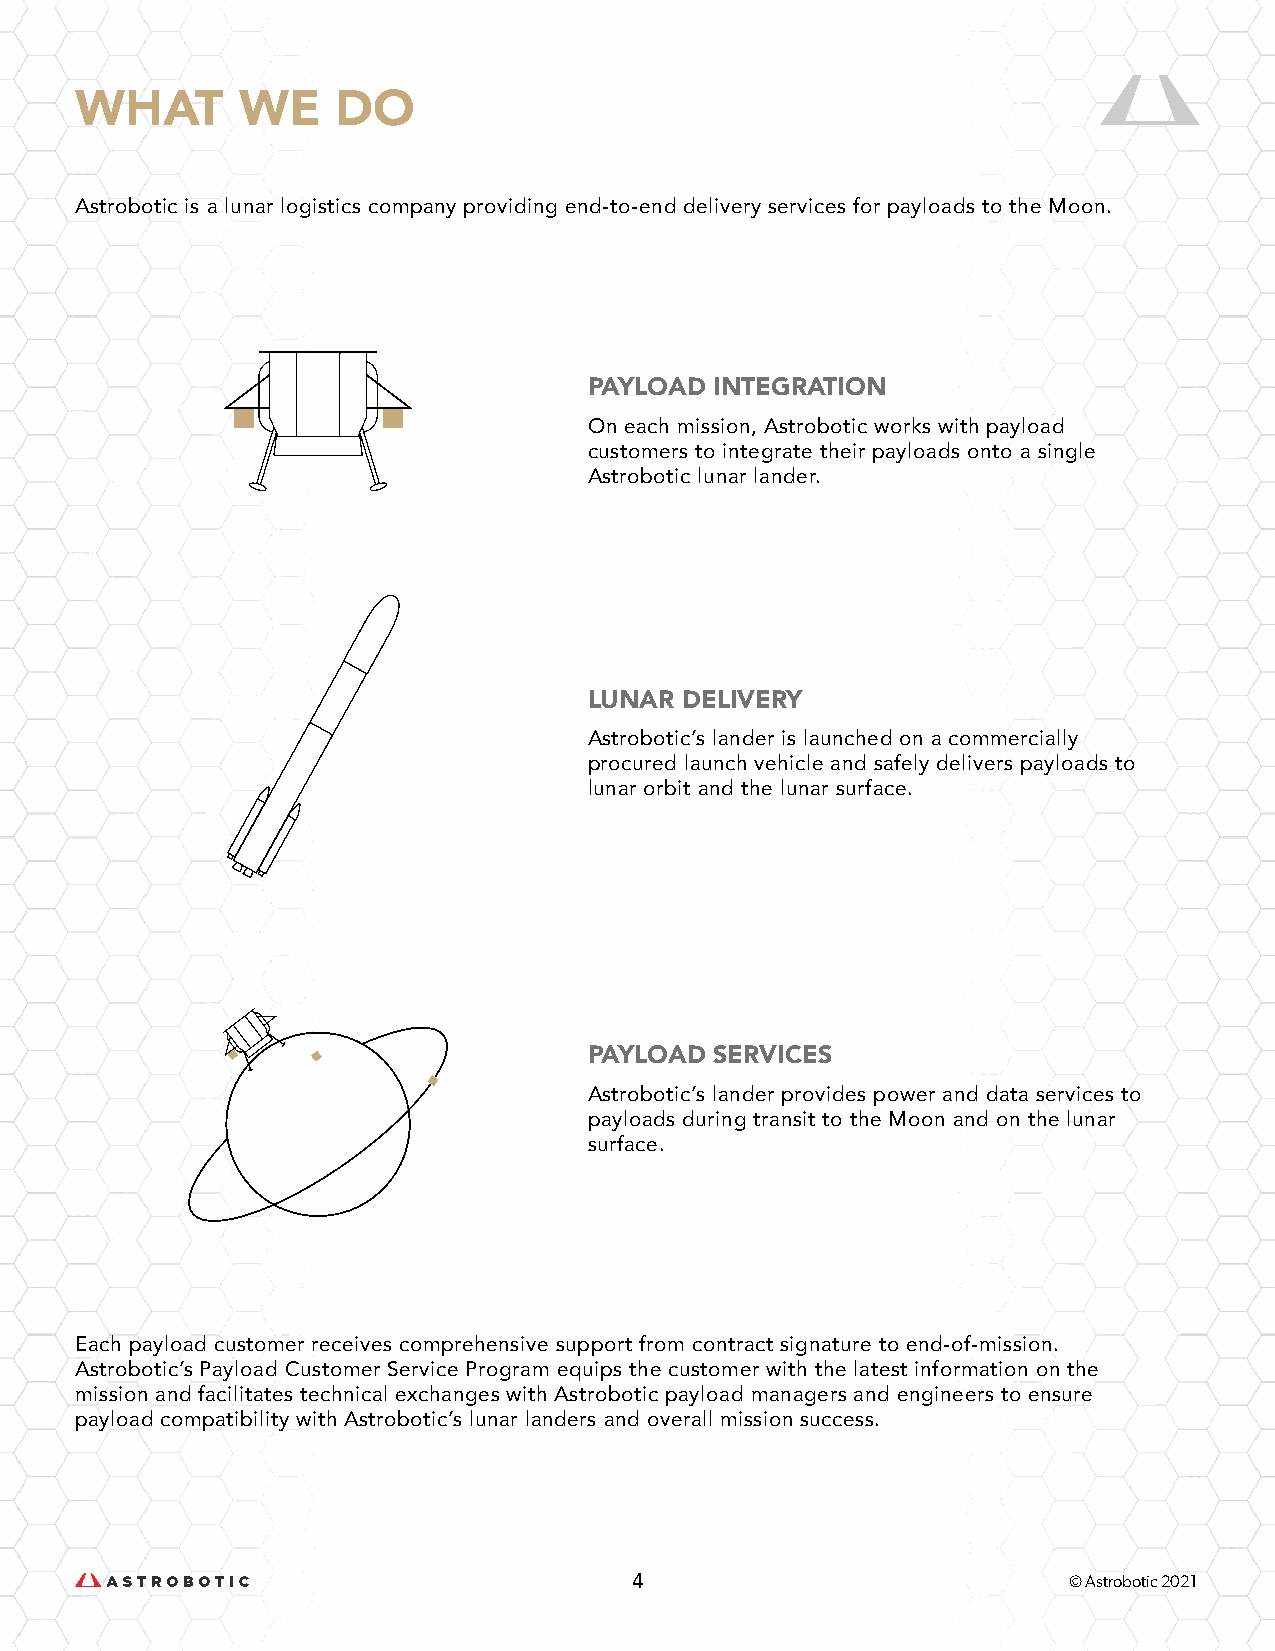
WHAT       WE    DO
 Astrobotic is a lunar logistics company providing end-to-end delivery services for payloads to the Moon.
 PAYLOAD INTEGRATION
 On each mission, Astrobotic works with payload
 customers to integrate their payloads onto a single
 Astrobotic lunar lander.
 LUNAR DELIVERY
 Astrobotic’s lander is launched on a commercially
 procured launch vehicle and safely delivers payloads to
 lunar orbit and the lunar surface.
 PAYLOAD SERVICES
 Astrobotic’s lander provides power and data services to
 payloads during transit to the Moon and on the lunar
 surface.
 Each payload customer receives comprehensive support from contract signature to end-of-mission.
 Astrobotic’s Payload Customer Service Program equips the customer with the latest information on the
 mission and facilitates technical exchanges with Astrobotic payload managers and engineers to ensure
 payload compatibility with Astrobotic’s lunar landers and overall mission success.
 4                            © Astrobotic 2021